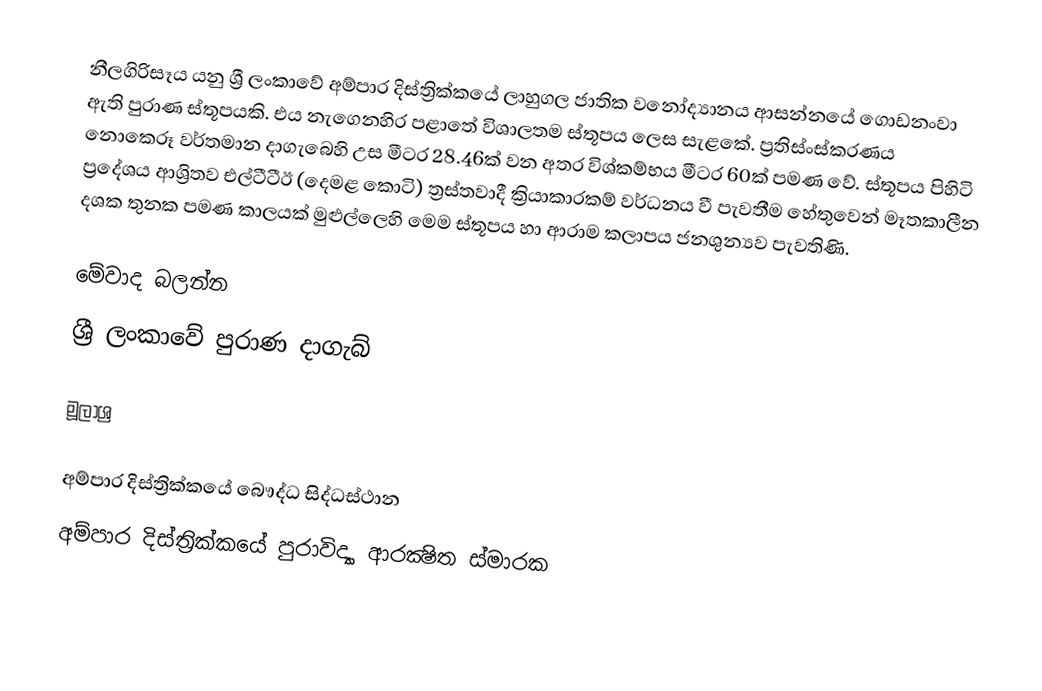
නීලගිරිසෑය යනු ශ්‍රී ලංකාවේ අම්පාර දිස්ත්‍රික්කයේ ලාහුගල ජාතික වනෝද්‍යානය ආසන්නයේ ගොඩනංවා ඇති පුරාණ ස්තූපයකි. එය නැගෙනහිර පළාතේ විශාලතම ස්තූපය ලෙස සැළකේ. ප්‍රතිස්ංස්කරණය නොකෙරූ වර්තමාන දාගැබෙහි උස මීටර 28.46ක් වන අතර විශ්කම්භය මීටර 60ක් පමණ වේ. ස්තූපය පිහිටි ප්‍රදේශය ආශ්‍රිතව එල්ටීටීඊ (දෙමළ කොටි) ත්‍රස්තවාදී ක්‍රියාකාරකම් වර්ධනය වී පැවතීම හේතුවෙන් මෑතකාලීන දශක තුනක පමණ කාලයක් මුළුල්ලෙහි මෙම ස්තූපය හා ආරාම කලාපය ජනශුන්‍යව පැවතිණි.

මේවාද බලන්න
ශ්‍රී ලංකාවේ පුරාණ දාගැබ්

මූලාශ්‍ර

අම්පාර දිස්ත්‍රික්කයේ බෞද්ධ සිද්ධස්ථාන‎
අම්පාර දිස්ත්‍රික්කයේ පුරාවිද්‍යා ආරක්‍ෂිත ස්මාරක